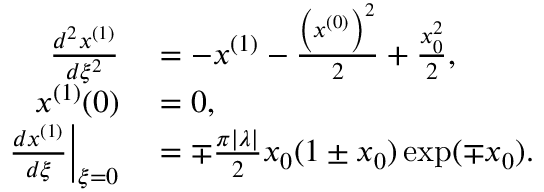
\begin{array} { r l } { \frac { d ^ { 2 } x ^ { ( 1 ) } } { d \xi ^ { 2 } } } & { { } = - x ^ { ( 1 ) } - \frac { \left( x ^ { ( 0 ) } \right) ^ { 2 } } { 2 } + \frac { x _ { 0 } ^ { 2 } } { 2 } , } \\ { x ^ { ( 1 ) } ( 0 ) } & { { } = 0 , } \\ { \left. \frac { d x ^ { ( 1 ) } } { d \xi } \right| _ { \xi = 0 } } & { { } = \mp \frac { \pi | \lambda | } { 2 } x _ { 0 } ( 1 \pm x _ { 0 } ) \exp ( \mp x _ { 0 } ) . } \end{array}